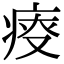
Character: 𤶟